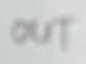
Text: OUT